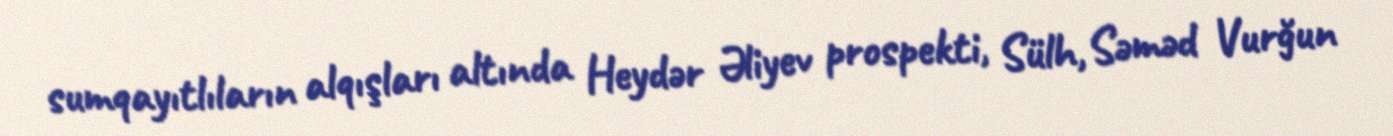
sumqayıtlıların alqışları altında Heydər Əliyev prospekti, Sülh, Səməd Vurğun